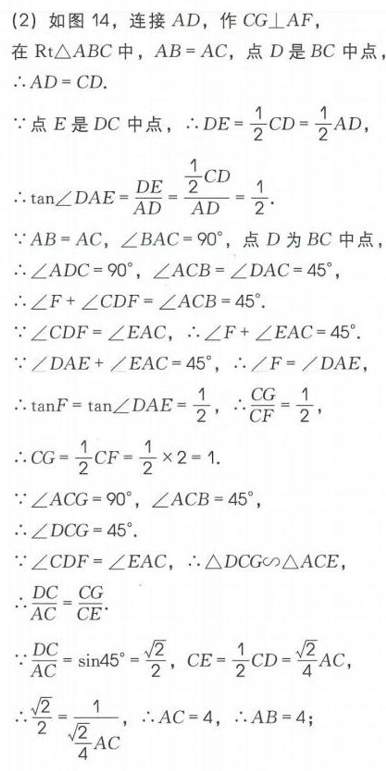
(2) 如图 14，连接 \(AD\)，作 \(CG\perp AF\)
在\(Rt\triangle ABC\)中，\(AB = AC\)，点\(D\)是\(BC\)中点
\(\therefore AD = CD\).
\(\because\)点\(E\)是\(DC\)中点，\(\therefore DE=\frac{1}{2}CD=\frac{1}{2}AD\)
\(\therefore \tan\angle DAE=\frac{DE}{AD}=\frac{\frac{1}{2}CD}{AD}=\frac{1}{2}\).
\(\because AB = AC\)，\(\angle BAC = 90^{\circ}\)，点\(D\)为\(BC\)中点
\(\therefore \angle ADC = 90^{\circ}\)，\(\angle ACB=\angle DAC = 45^{\circ}\)，
\(\therefore \angle F+\angle CDF=\angle ACB = 45^{\circ}\).
\(\because \angle CDF=\angle EAC\)，\(\therefore \angle F+\angle EAC = 45^{\circ}\).
\(\because \angle DAE+\angle EAC = 45^{\circ}\)，\(\therefore \angle F=\angle DAE\)
\(\therefore \tan F=\tan\angle DAE=\frac{1}{2}\)，\(\therefore \frac{CG}{CF}=\frac{1}{2}\)，
\(\therefore CG=\frac{1}{2}CF=\frac{1}{2}\times2 = 1\).
\(\because \angle ACG = 90^{\circ}\)，\(\angle ACB = 45^{\circ}\)，
\(\therefore \angle DCG = 45^{\circ}\).
\(\because \angle CDF=\angle EAC\)，\(\therefore \triangle DCG\sim\triangle ACE\)
\(\therefore \frac{DC}{AC}=\frac{CG}{CE}\).
\(\because \frac{DC}{AC}=\sin45^{\circ}=\frac{\sqrt{2}}{2}\)，\(CE=\frac{1}{2}CD=\frac{\sqrt{2}}{4}AC\)，
\(\therefore \frac{\sqrt{2}}{2}=\frac{1}{\frac{\sqrt{2}}{4}AC}\)，\(\therefore AC = 4\)，\(\therefore AB = 4\)；